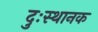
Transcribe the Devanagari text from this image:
दुःस्थानक